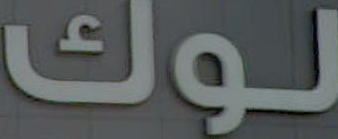
لوك